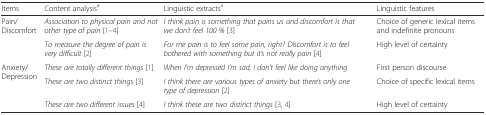
<table><thead><tr><td><b>Items</b></td><td><b>Content analysis<sup>a</sup></b></td><td><b>Linguistic extracts<sup>a</sup></b></td><td><b>Linguistic features</b></td></tr></thead><tbody><tr><td rowspan="2">Pain/Discomfort</td><td><i>Association to physical pain and not other type of pain</i> [1–4]</td><td><i>I think pain is something that pains us and discomfort is that we don’t feel 100 %</i> [3]</td><td>Choice of generic lexical items and indefinite pronouns</td></tr><tr><td><i>To measure the degree of pain is very difficult</i> [2]</td><td><i>For me pain is to feel some pain, right? Discomfort is to feel bothered with something but it’s not really pain</i> [4]</td><td>High level of certainty</td></tr><tr><td rowspan="3">Anxiety/Depression</td><td><i>These are totally different things</i> [1]</td><td><i>When I’m depressed I’m sad, I don’t feel like doing anything</i></td><td>First person discourse</td></tr><tr><td><i>These are two distinct things</i> [3]</td><td><i>I think there are various types of anxiety but there’s only one type of depression</i> [2]</td><td>Choice of specific lexical items</td></tr><tr><td><i>These are two different issues</i> [4]</td><td><i>I think these are two distinct things</i> [3, 4]</td><td>High level of certainty</td></tr></tbody></table>